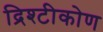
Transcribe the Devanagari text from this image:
द्रिश्टीकोण